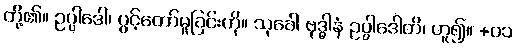
တို့၏။ ဥပ္ပါဒေါ၊ ပွင့်တော်မူခြင်းကို။ သုခေါ ဗုဒ္ဓါနံ ဥပ္ပါဒေါတိ၊ ဟူ၍။ +၀၁